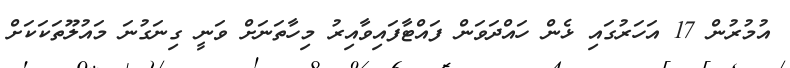
އުމުރުން 17 އަހަރުގައި ޅެން ހައްދަވަން ފައްޓާފައިވާއިރު މިހާތަނަށް ވަނީ ގިނަގުނަ މައުލޫތަކަކަށް